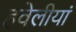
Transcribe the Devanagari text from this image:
हवेलीयां